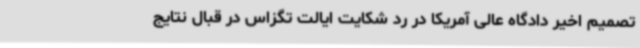
تصمیم اخیر دادگاه عالی آمریکا در رد شکایت ایالت تگزاس در قبال نتایج